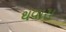
થવારા